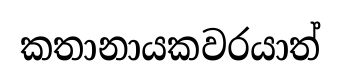
කතානායකවරයාත්